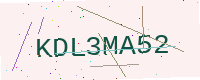
Text: KDL3MA52